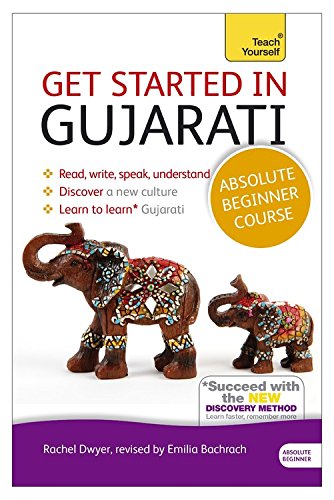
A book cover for Get Started in Gujarati Absolute Beginner Course: The essential introduction to reading, writing, speaking and understanding a new language (Teach Yourself); Rachel Dwyer; Travel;